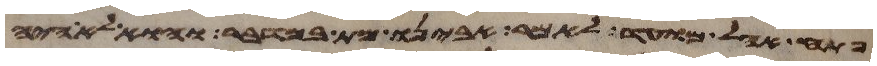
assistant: פתח אהל מועד לאמר אבינו מת במדבר והוא לא היה